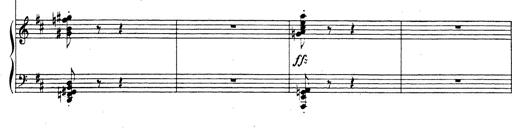
Title: Rhapsodie espagnole
Composer: Franz Liszt